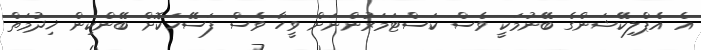
އެ އެޕްލިކޭޝަންގެ ބޭނުމަކީ ވެސް ކަސްޓަމަރުންނަށް ވީހާ ވެސް ފަސޭހަކޮށް ބޭންކިން ޚިދުމަތް